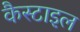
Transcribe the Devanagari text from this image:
कैस्टाइल